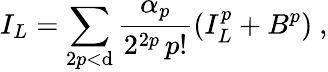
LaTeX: I_{L}=\sum_{2p<\mathrm{d}}\frac{{\alpha_{p}}}{{2^{2p}\, p!}}(I_{L}^{p}+B^{p})\ ,